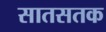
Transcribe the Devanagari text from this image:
सातसतक